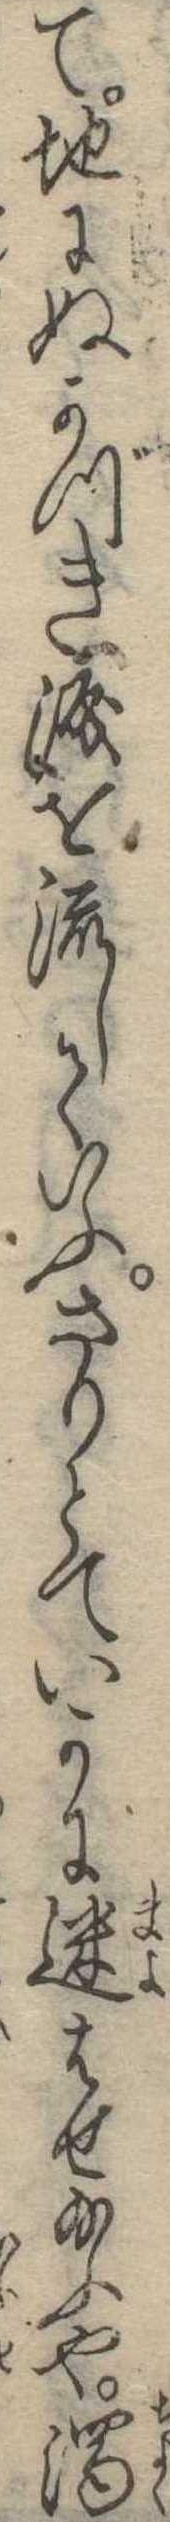
て地にぬかづき涙を流していふさりとていかに迷はせ給ふや濁